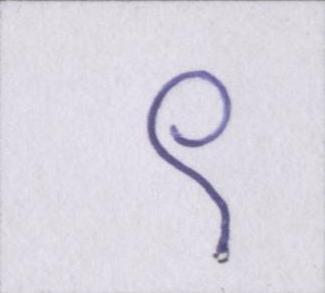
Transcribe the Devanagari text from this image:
९